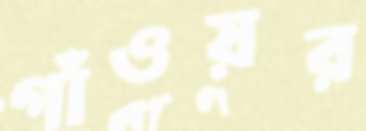
গাঁওয়র